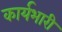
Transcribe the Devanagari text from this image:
कार्यभारी